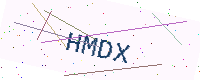
Text: HMDX